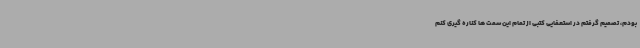
بودم، تصمیم گرفتم در استعفایی کتبی از تمام این سمت ها کناره گیری کنم